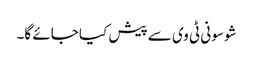
شو سونی ٹی وی سے پیش کیا جائے گا۔